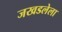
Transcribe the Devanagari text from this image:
जखडलेला